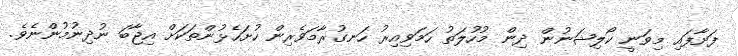
ފަށާފައި މިވަނީ ކޯލިޝަނުން ދިން މުހުލަތު ހަމަވިއިރު ހަނގުރާމަވެރިން ހުށަހެޅުންތަކަށް އިޖާބަ ނުދިނުމުންނެވެ.